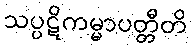
သပ္ပဋိကမ္မာပတ္တီတိ